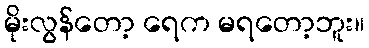
မိုးလွန်တော့ ရေက မရတော့ဘူး။